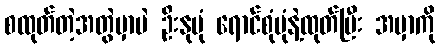
စထုတ်တဲ့အတွဲမှာပဲ ဦးနုပုံ ရောင်စုံပုံနဲ့ထုတ်ပြီး အမှာကို